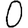
Digit: 0